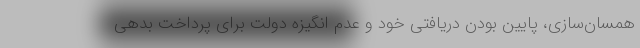
همسان‌سازی، پایین بودن دریافتی خود و عدم انگیزه دولت برای پرداخت بدهی